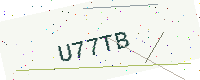
Text: U77TB